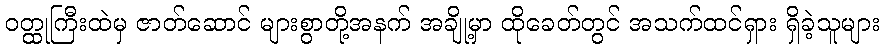
ဝတ္ထုကြီးထဲမှ ဇာတ်ဆောင် များစွာတို့အနက် အချို့မှာ ထိုခေတ်တွင် အသက်ထင်ရှား ရှိခဲ့သူများ